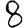
Digit: 8